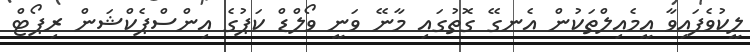
ލީކުވެފައިވާ އީމެއިލްތަކުން އެނގޭ ގޮތުގައި މާނޭ ވަނީ ވޯލްޑް ކަޕުގެ އިންސްޕެކްޝަން ރިޕޯޓް